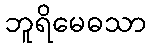
ဘူရိမေဓသာ